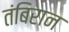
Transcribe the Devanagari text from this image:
तंबिरान